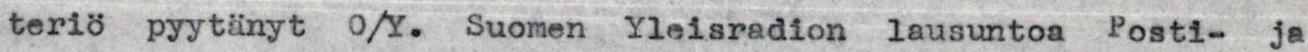
teriö pyytänyt O/Y. Suomen Yleisradion lausuntoa Posti- ja